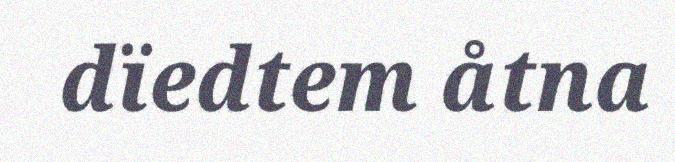
dïedtem åtna